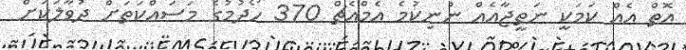
އޮތް އެއް ކަމަކީ ނަތީޖާއެއް ނުނިކުމެ އެމްއެޗް 370 ހޯދުމުގެ މަސައްކަތަށް ދުވާލަކަށް